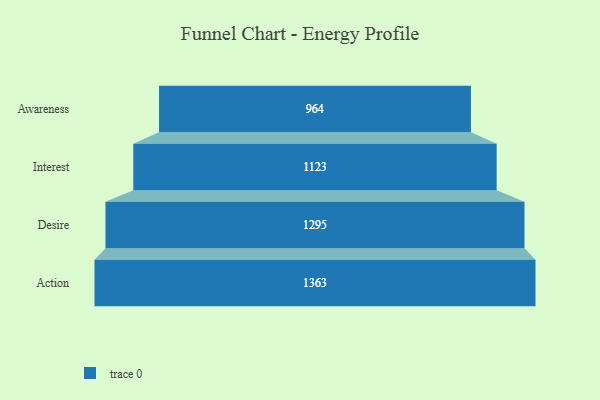
{"axis": {"x": "Stage", "y": "Value"}, "legend": [""], "data": [{"x": "Awareness", "y": 964.0, "type": ""}, {"x": "Interest", "y": 1123.0, "type": ""}, {"x": "Desire", "y": 1295.0, "type": ""}, {"x": "Action", "y": 1363.0, "type": ""}]}